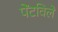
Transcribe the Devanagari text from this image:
पेंटविले